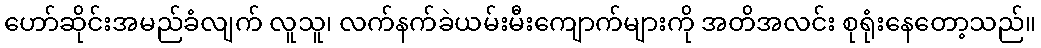
ဟော်ဆိုင်းအမည်ခံလျက် လူသူ၊ လက်နက်ခဲယမ်းမီးကျောက်များကို အတိအလင်း စုရုံးနေတော့သည်။